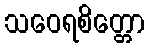
သဝေရစိတ္တော